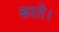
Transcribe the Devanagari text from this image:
बरते।